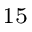
^ { 1 5 }